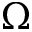
\Omega